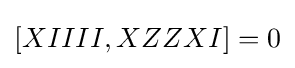
[XIIII,XZZXI]=0